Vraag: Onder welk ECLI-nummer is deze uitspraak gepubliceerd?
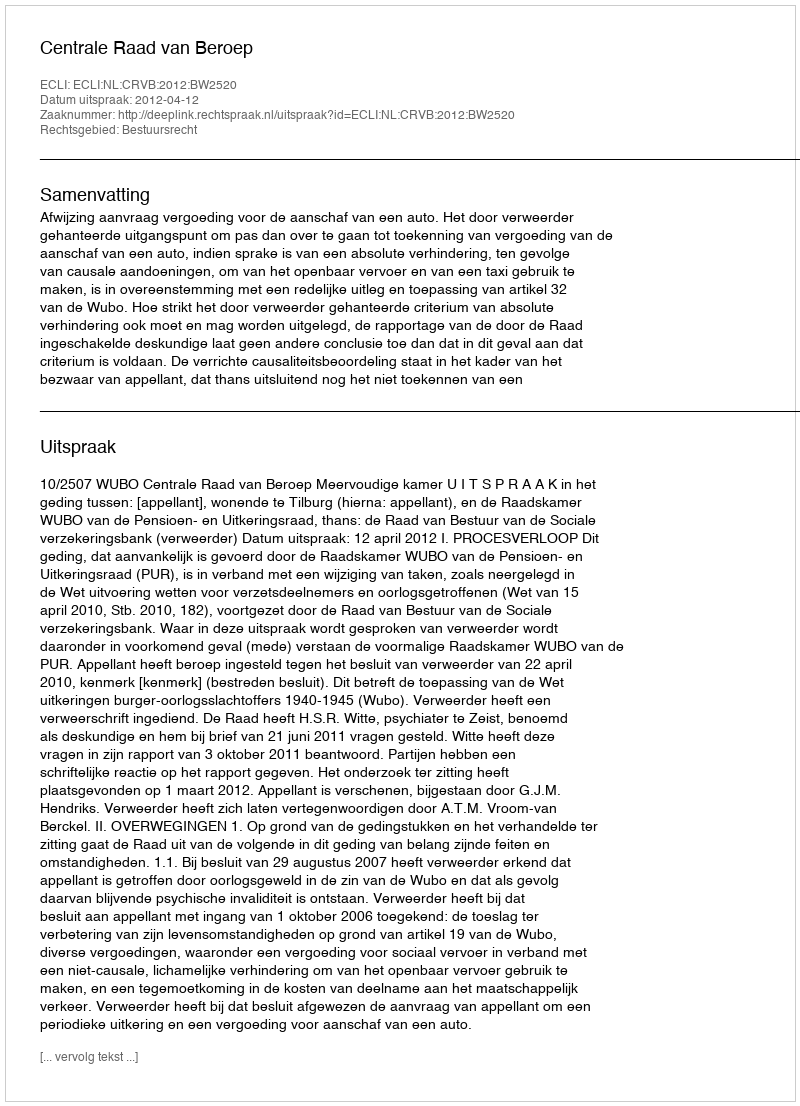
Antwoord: ECLI:NL:CRVB:2012:BW2520